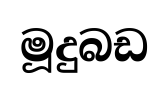
මූදුබඩ